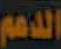
الدهم